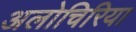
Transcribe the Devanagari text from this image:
अलोचिरिया